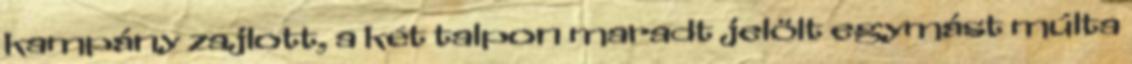
kampány zajlott, a két talpon maradt jelölt egymást múlta